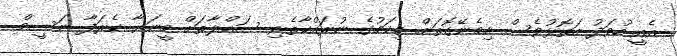
އެއީ ހުވަދު އަތޮޅުވެސް ހިމެނޭގޮތަށް. މިކަމުގެ ނުރައްކާތެރި ސައްލާތަށް މީނަޔާ ކެރަފާ ނަސީމް